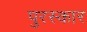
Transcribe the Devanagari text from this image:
पुरस्कार